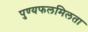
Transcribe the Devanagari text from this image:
पुण्यफलमिलता